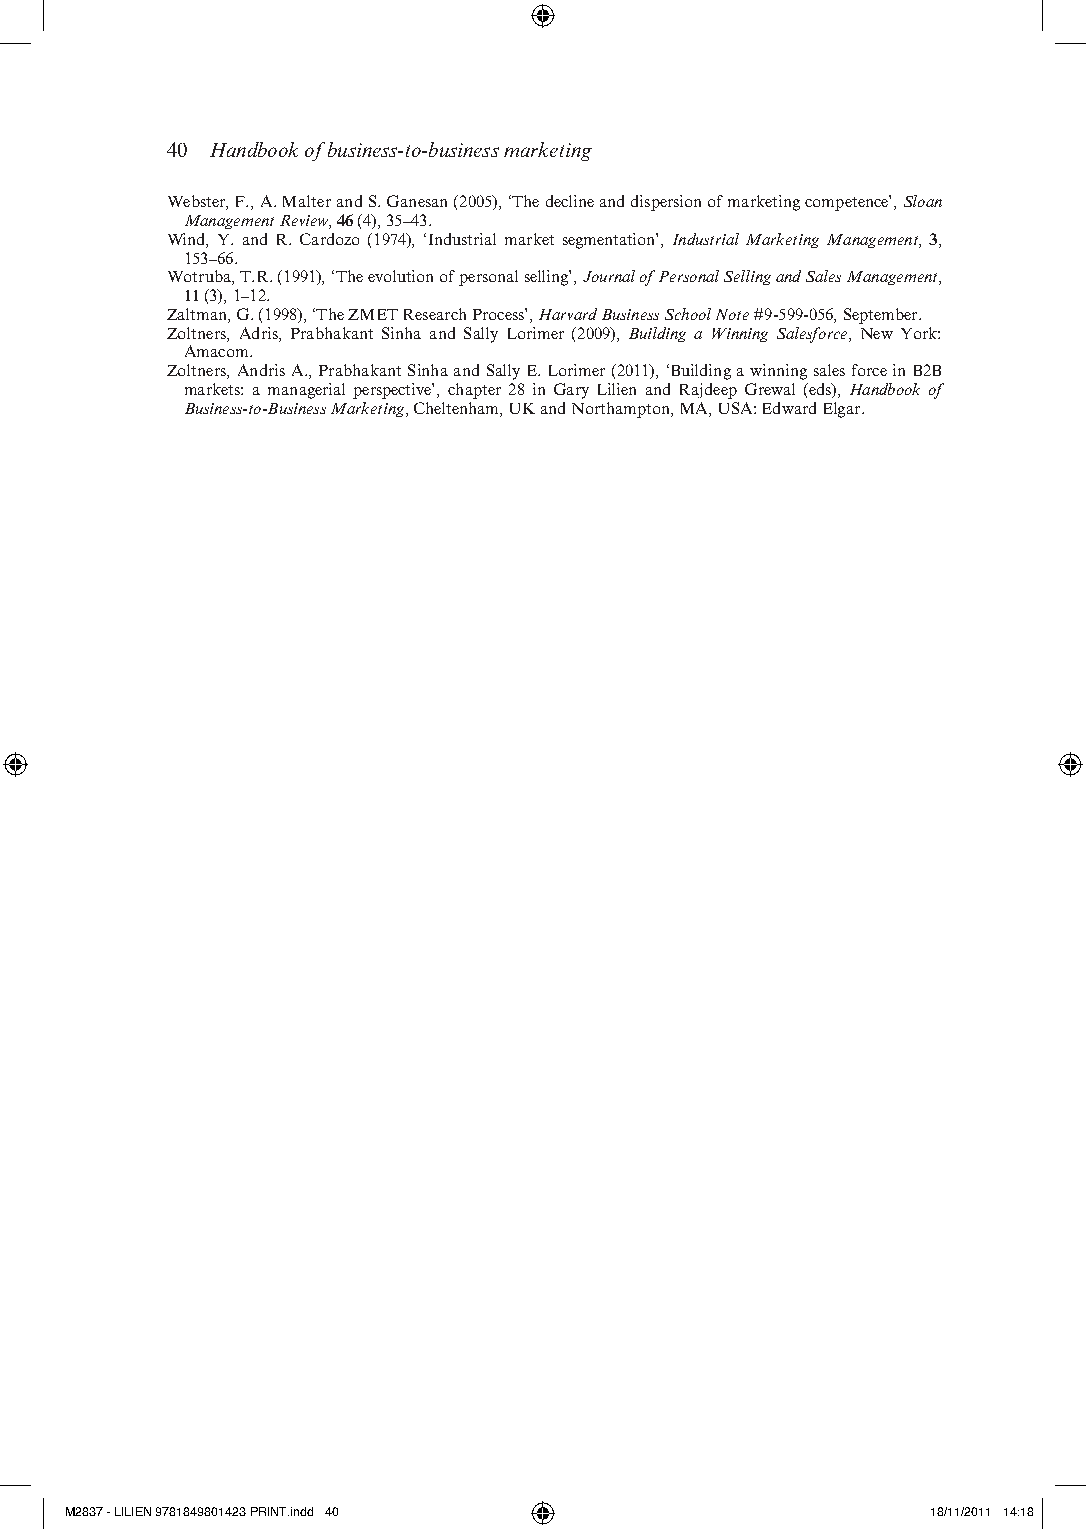
40 Handbook of business-to-business marketing
 Webster, F., a. Malter and s. ganesan (2005), ‘the decline and dispersion of marketing competence’, Sloan
 Management Review, 46 (4), 35–43.
 Wind, Y. and r. Cardozo (1974), ‘industrial market segmentation’, Industrial Marketing Management, 3,
 153–66.
 Wotruba, t.r. (1991), ‘the evolution of personal selling’, Journal of Personal Selling and Sales Management,
 11 (3), 1–12.
 Zaltman, g. (1998), ‘the ZMet research Process’, Harvard Business School Note #9-5 99- 056, september.
 Zoltners, adris, Prabhakant sinha and sally Lorimer (2009), Building a Winning Salesforce, new York:
 amacom.
 Zoltners, andris a., Prabhakant sinha and sally e. Lorimer (2011), ‘building a winning sales force in b2b
 markets: a managerial perspective’, chapter 28 in gary Lilien and rajdeep grewal (eds), Handbook of
 Business- to- Business Marketing, Cheltenham, uk and northampton, Ma, usa: edward elgar.
 M2837 - LILIEN 9781849801423 PRINT.indd 40                18/11/2011 14:18